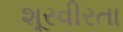
શૂરવીરતા